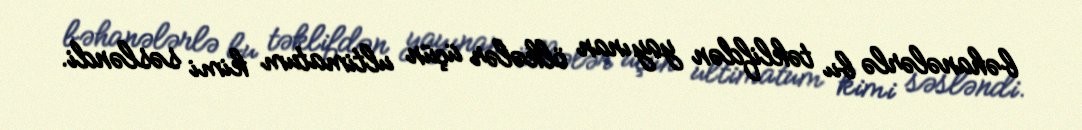
bəhanələrlə bu təklifdən yayınan ölkələr üçün ultimatum kimi səsləndi.